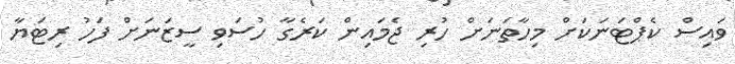
ވައިސް ކެޕްޓަނަކަށް މިހާތަނަށް ހުރި ޖެމައިން ކަރެގާ ހުސަވި ސީޒަނަށް ފަހު ރިޓަޔާ